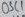
Text: OSC1